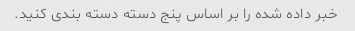
خبر داده شده را بر اساس پنج دسته دسته بندی کنید.